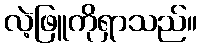
လဲ့ဖြူကိုရှာသည်။